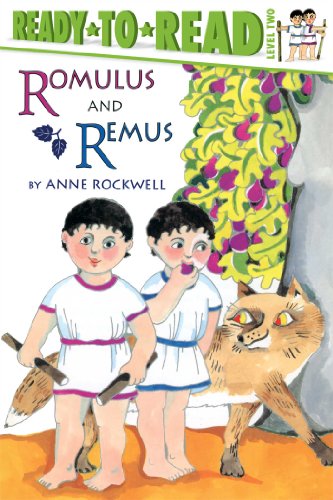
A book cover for Romulus and Remus (Ready-to-Reads); Anne Rockwell; Children's Books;